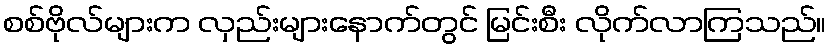
စစ်ဗိုလ်များက လှည်းများနောက်တွင် မြင်းစီး လိုက်လာကြသည်။